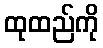
ထုထည်ကို